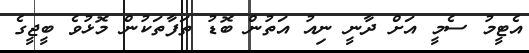
އެޓީމު ސެމީ އަށް ދާނީ ނިއު އަތުން ބޮޑު ތަފާތަކުން މޮޅުވެ ބީޖީގެ